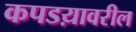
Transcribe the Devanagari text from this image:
कपडय़ावरील